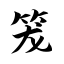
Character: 笼